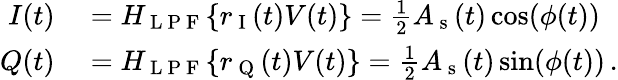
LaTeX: \begin{array}{rl}{I(t)}&{{}=H_{\mathrm{~L~P~F~}}\{ r_{\mathrm{~I~}}(t)V(t)\} =\frac{1}{2}A_{\mathrm{~s~}}(t)\cos(\phi(t))}\\ {Q(t)}&{{}=H_{\mathrm{~L~P~F~}}\{ r_{\mathrm{~Q~}}(t)V(t)\} =\frac{1}{2}A_{\mathrm{~s~}}(t)\sin(\phi(t))\, .}\end{array}